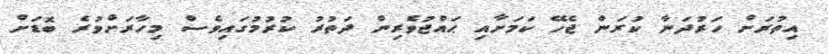
އިތުރަށް ހަރުދަނާ ކުރަން ޖެހޭ ކަމަށާއި ޙައްޖުވެރިން ދަތުރު ކުރުމުގައިވެސް މިހާރަށްވުރެ ބޮޑަށް